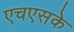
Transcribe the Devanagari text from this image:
एचएसके